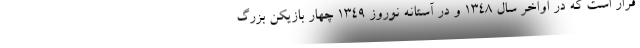
قرار است که در اواخر سال 1348 و در آستانه نوروز 1349 چهار بازیکن بزرگ